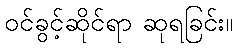
ဝင်ခွင့်ဆိုင်ရာ ဆုရခြင်း။